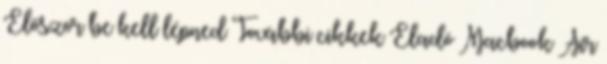
Először be kell lépned További cikkek Eladó Macbook Air